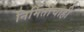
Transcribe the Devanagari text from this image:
निर्मितीचाही